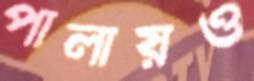
পালায়ও